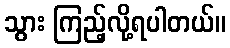
သွား ကြည့်လို့ရပါတယ်။